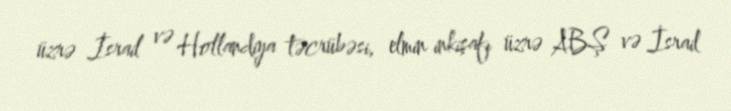
üzrə İsrail və Hollandiya təcrübəsi, elmin inkişafı üzrə ABŞ və İsrail